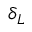
\delta _ { L }